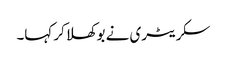
سکریٹری نے بوکھلا کر کہا۔